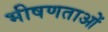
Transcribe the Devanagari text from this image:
भीषणताओं